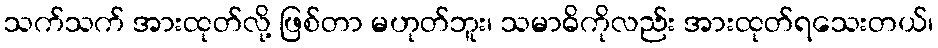
သက်သက် အားထုတ်လို့ ဖြစ်တာ မဟုတ်ဘူး၊ သမာဓိကိုလည်း အားထုတ်ရသေးတယ်၊